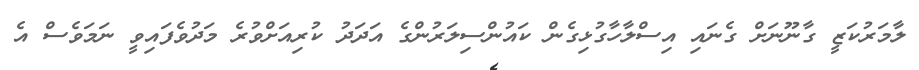
ލާމަރުކަޒީ ގާނޫނަށް ގެނައި އިސްލާހާގުޅިގެން ކައުންސިލަރުންގެ އަދަދު ކުރިއަށްވުރެ މަދުވެފައިވީ ނަމަވެސް އެ